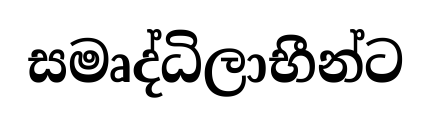
සමෘද්ධිලාභීන්ට